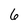
Character: 6